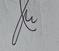
Signature authenticity: genuine